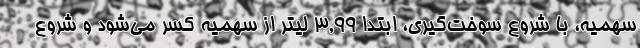
سهمیه، با شروع سوخت‌گیری، ابتدا ۳,۹۹ لیتر از سهمیه کسر می‌شود و شروع